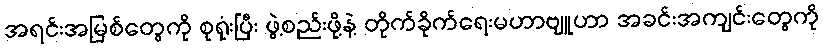
အရင်းအမြစ်တွေကို စုရုံးပြီး ဖွဲ့စည်းဖို့နဲ့ တိုက်ခိုက်ရေးမဟာဗျူဟာ အခင်းအကျင်းတွေကို